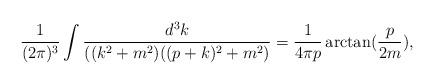
LaTeX: \begin{align*}\frac{1}{(2\pi )^3}\int \frac{d^3k}{( (k^2+m^2)((p+k)^2+m^2)}=\frac{1}{4\pi p}\arctan (\frac{p}{2m}),\end{align*}